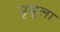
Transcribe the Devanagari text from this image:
पृथूला